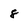
Character: 8